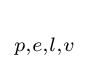
{\mathbb {d} }_{p,e,l,v}